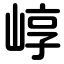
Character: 崞